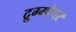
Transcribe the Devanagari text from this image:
द्रुग्गोचर